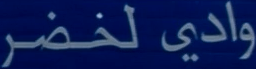
وادي لخضر